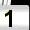
Digit: 1